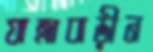
যাত্রাবাড়ীন